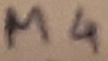
Text: M4